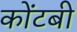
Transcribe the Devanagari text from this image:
कोंटबी